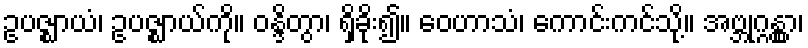
ဥပဇ္ဈာယံ၊ ဥပဇ္ဈာယ်ကို။ ဝန္ဒိတွာ၊ ရှိခိုး၍။ ဝေဟာသံ၊ ကောင်းကင်သို့။ အဗ္ဘုဂ္ဂန္တွာ၊